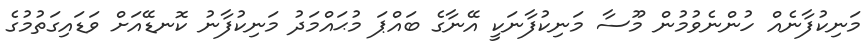
މަނިކުފާނެއް ހުންނެވުމުން މޫސާ މަނިކުފާނަކީ އޭނާގެ ބައްޕަ މުޙައްމަދު މަނިކުފާނު ކޮނޑޭއަށް ވަޑައިގަތުމުގެ